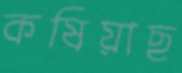
কষিয়াছ